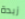
زبدة